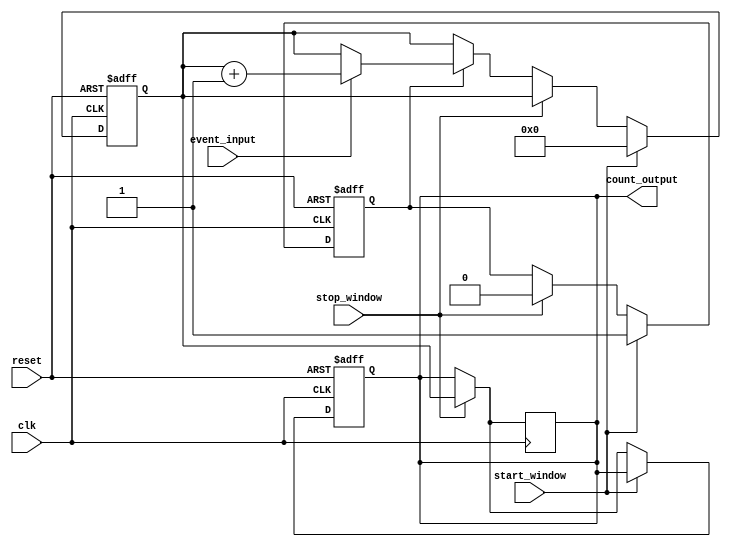
module windowed_counter #(
    parameter COUNTER_WIDTH = 8 // adjustable width for the counter
)(
    input wire clk,                  // Clock signal
    input wire reset,                // Asynchronous reset signal
    input wire start_window,         // Window start signal
    input wire stop_window,          // Window stop signal
    input wire event_input,          // Event input to count
    output reg [COUNTER_WIDTH-1:0] count_output // Current count output
);

    // Internal register to hold the count value
    reg [COUNTER_WIDTH-1:0] count_reg;
    reg counting; // State variable to indicate counting status

    // Reset and counting logic
    always @(posedge clk or posedge reset) begin
        if (reset) begin
            count_reg <= 0;             // Reset the count register
            count_output <= 0;          // Reset the output
            counting <= 0;              // Reset counting state
        end else begin
            if (start_window) begin
                counting <= 1;           // Start counting
                count_reg <= 0;          // Reset count at the start of the window
            end else if (stop_window) begin
                counting <= 0;           // Stop counting
                count_output <= count_reg; // Latch the count value
            end else if (counting) begin
                // Count increment on event input rising edge
                if (event_input) begin
                    count_reg <= count_reg + 1;
                end
            end
        end
    end

    // Capture count output when window is stopped
    always @(posedge clk) begin
        if (stop_window) begin
            count_output <= count_reg;     // Hold the current count value
        end
    end

endmodule